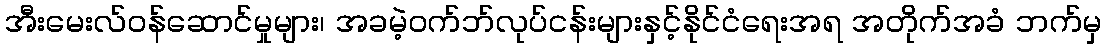
အီးမေးလ်ဝန်ဆောင်မှုများ၊ အခမဲ့ဝက်ဘ်လုပ်ငန်းများနှင့်နိုင်ငံရေးအရ အတိုက်အခံ ဘက်မှ